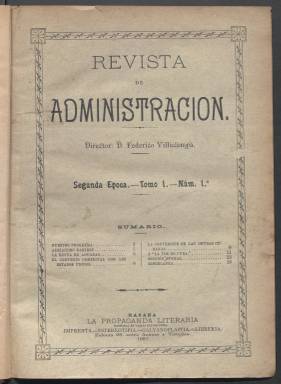
Título: Revista de administración (La Habana)
Colección: Administración local
Ámbito geográfico: Cuba
Lugar de publicación: La Habana
Fechas: 13/03/1887-20/06/1895